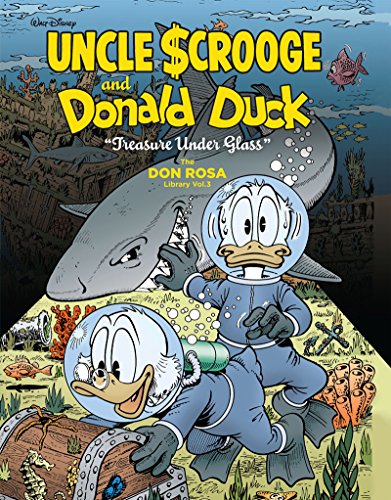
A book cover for Walt Disney Uncle Scrooge And Donald Duck: "Treasure Under Glass": The Don Rosa Library Vol. 3 (The Don Rosa Library); Don Rosa; Comics & Graphic Novels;